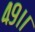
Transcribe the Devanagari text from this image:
४९।।